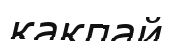
какпай